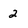
Character: 2